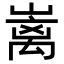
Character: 𡼁